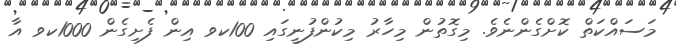
މަސައްކަތް ކޮށްގެންނެވެ. މިގޮތުން މިހާރު މިކުންފުނީގައި 100ކވ އިން ފެށިގެން 1000ކވ އާ